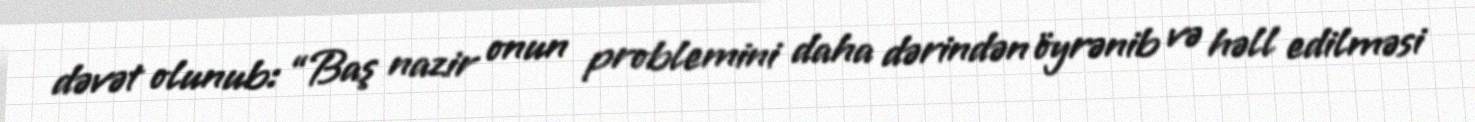
dəvət olunub: “Baş nazir onun problemini daha dərindən öyrənib və həll edilməsi